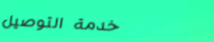
خدمة التوصيل